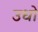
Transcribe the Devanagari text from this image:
उधो